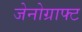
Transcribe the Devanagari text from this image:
जेनोग्राफ्ट